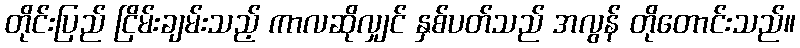
တိုင်းပြည် ငြိမ်းချမ်းသည့် ကာလဆိုလျှင် နှစ်ပတ်သည် အလွန် တိုတောင်းသည်။